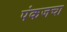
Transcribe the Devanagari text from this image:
पंकजचा